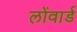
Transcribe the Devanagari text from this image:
लोंवार्ड